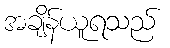
အချိန်ယူရသည်